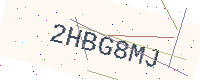
Text: 2HBG8MJ